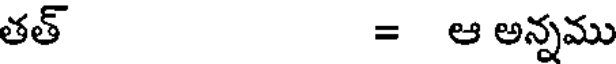
తత్ = ఆ అన్నము